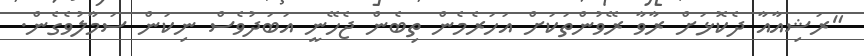
"ރަޝިއާއާ ދެކޮޅަށް ރާވާ ރޭވުންތަކަށް އަހަރެމެން ތިބެން ޖެހޭނީ އަބަދުވެސް ނިކަން ސަމާލުވެގެން.